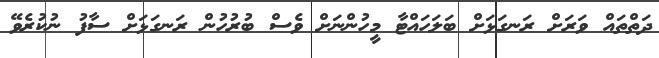
ދަތްތައް ވަރަށް ރަނގަޅަށް ބަލަހައްޓާ މީހުންނަށް ވެސް ބުރުހުން ރަނގަޅަށް ސާފު ނުކުރެވޭ